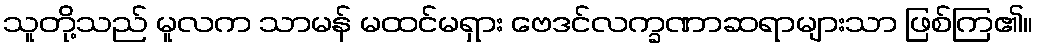
သူတို့သည် မူလက သာမန် မထင်မရှား ဗေဒင်လက္ခဏာဆရာများသာ ဖြစ်ကြ၏။